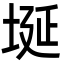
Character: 埏